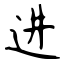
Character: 进